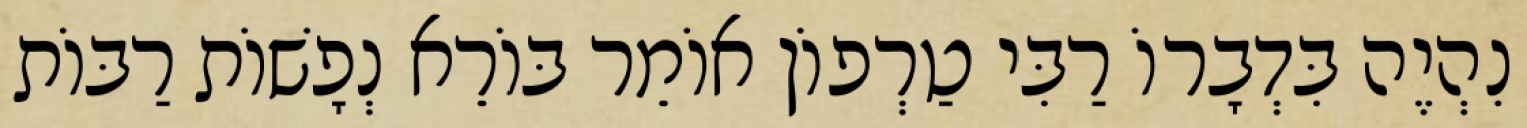
נִהְיֶה בִּדְבָרוֹ רַבִּי טַרְפוֹן אוֹמֵר בּוֹרֵא נְפָשׁוֹת רַבּוֹת